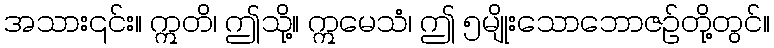
အသား၎င်း။ ဣတိ၊ ဤသို့။ ဣမေသံ၊ ဤ ၅မျိုးသောဘောဇဉ်တို့တွင်။